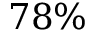
7 8 \%